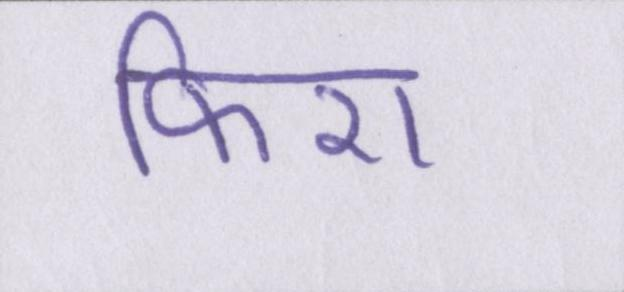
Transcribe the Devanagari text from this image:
फिरा